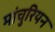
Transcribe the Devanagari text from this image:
मांचुरियन